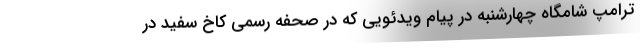
ترامپ شامگاه چهارشنبه در پیام ویدئویی که در صحفه رسمی کاخ سفید در